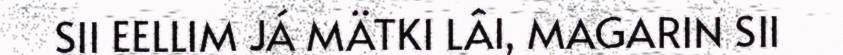
SII EELLIM JÁ MÄTKI LÂI, MAGARIN SII